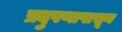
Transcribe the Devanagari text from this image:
प्रदुषणापासून